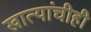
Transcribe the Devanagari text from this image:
खात्यांचीही